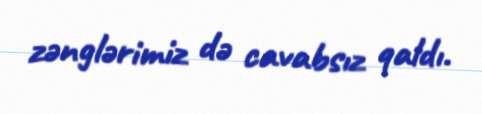
zənglərimiz də cavabsız qaldı.